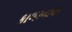
કાળાનાણા